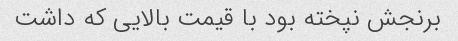
برنجش نپخته بود با قیمت بالایی که داشت